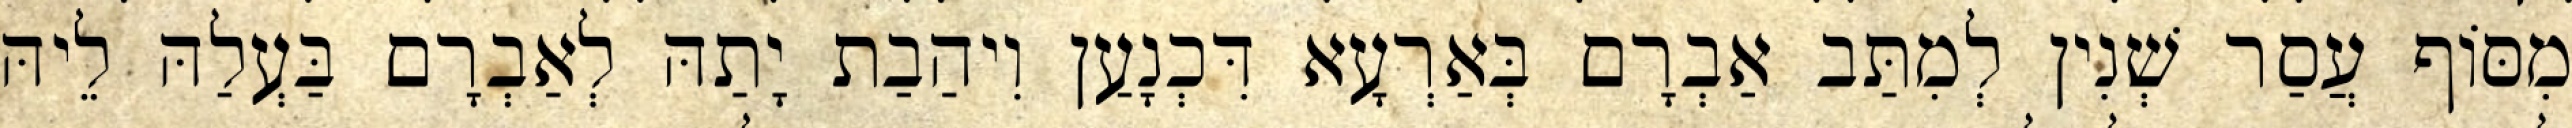
מִסּוֹף עֲסַר שְׁנִין לְמִתַּב אַבְרָם בְּאַרְעָא דִּכְנָעַן וִיהַבַת יָתַהּ לְאַבְרָם בַּעְלַהּ לֵיהּ